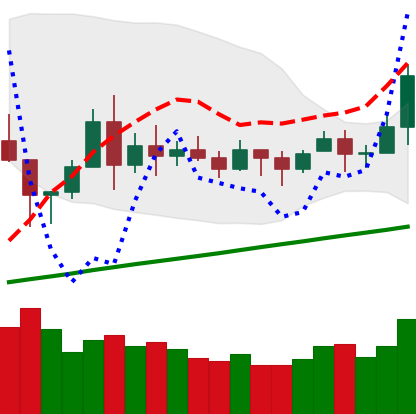
Ticker: BNB-USD
Chart end date: 2020-11-21
Forward return: -7.194%
Label: down_7plus